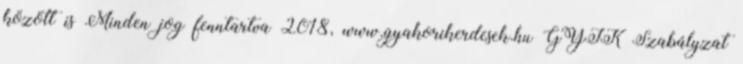
között is Minden jog fenntartva 2018, www.gyakorikerdesek.hu GYIK Szabályzat